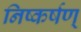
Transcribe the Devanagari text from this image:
निष्कर्षण्